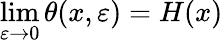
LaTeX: \operatorname*{lim}_{\varepsilon\to 0}\theta(x,\varepsilon)=H(x)